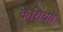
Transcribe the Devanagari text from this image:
केशिया।